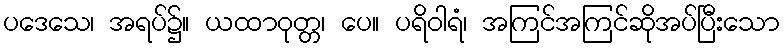
ပဒေသေ၊ အရပ်၌။ ယထာဝုတ္တ၊ ပေ။ ပရိဝါရံ၊ အကြင်အကြင်ဆိုအပ်ပြီးသော